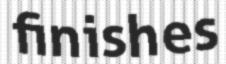
finishes